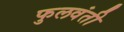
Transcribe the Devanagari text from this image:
फुलवंती